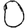
Digit: 0